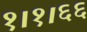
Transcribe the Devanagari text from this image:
१।१।६६